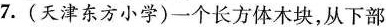
7.(天津东方小学)一个长方体木块，从下部